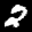
Label: 2